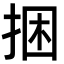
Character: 捆